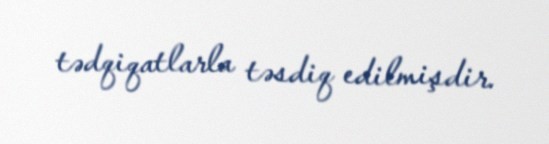
tədqiqatlarla təsdiq edilmişdir.